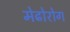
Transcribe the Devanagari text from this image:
मेढोरोग